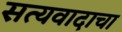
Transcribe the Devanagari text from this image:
सत्यवादाचा